Annual report of the Punjab Veterinary College and of the Civil Veterinary Department, Punjab - 1920-1925
Year: 1920
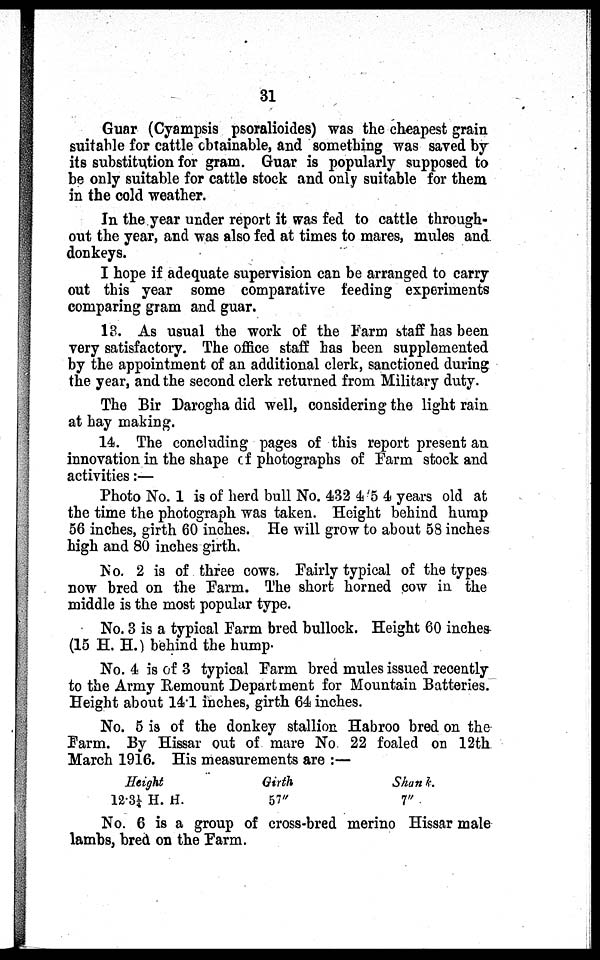
31
Guar (Cyampsis psoralioides) was the cheapest grain
suitable for cattle obtainable, and something was saved by
its substitution for gram. Guar is popularly supposed to
be only suitable for cattle stock and only suitable for them
in the cold weather.
In the year under report it was fed to cattle through-
out the year, and was also fed at times to mares, mules and
donkeys.
I hope if adequate supervision can be arranged to carry
out this year some comparative feeding experiments
comparing gram and guar.
13. As usual the work of the Farm staff has been
very satisfactory. The office staff has been supplemented
by the appointment of an additional clerk, sanctioned during
the year, and the second clerk returned from Military duty.
The Bir Darogha did well, considering the light rain
at hay making.
14. The concluding pages of this report present an
innovation in the shape of photographs of Farm stock and
activities:—
Photo No. 1 is of herd bull No. 432 4 5 4 years old at
the time the photograph was taken. Height behind hump
56 inches, girth 60 inches. He will grow to about 58 inches
high and 80 inches girth.
No. 2 is of three cows. Fairly typical of the types
now bred on the Farm. The short horned cow in the
middle is the most popular type.
No. 3 is a typical Farm bred bullock. Height 60 inches
(15 H. H.) behind the hump.
No. 4 is of 3 typical Farm bred mules issued recently
to the Army Remount Department for Mountain Batteries.
Height about 14.1 inches, girth 64 inches.
No. 5 is of the donkey stallion Habroo bred on the
Farm. By Hissar out of mare No 22 foaled on 12th
March 1916. His measurements are:—
Height
12.31/4 H. H.
Girth
57"
Shank.
7"
No. 6 is a group of cross-bred merino Hissar male
lambs, bred on the Farm.